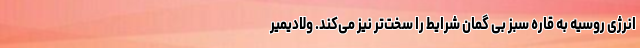
انرژی روسیه به قاره سبز بی گمان شرایط را سخت‌تر نیز می‌کند. ولادیمیر